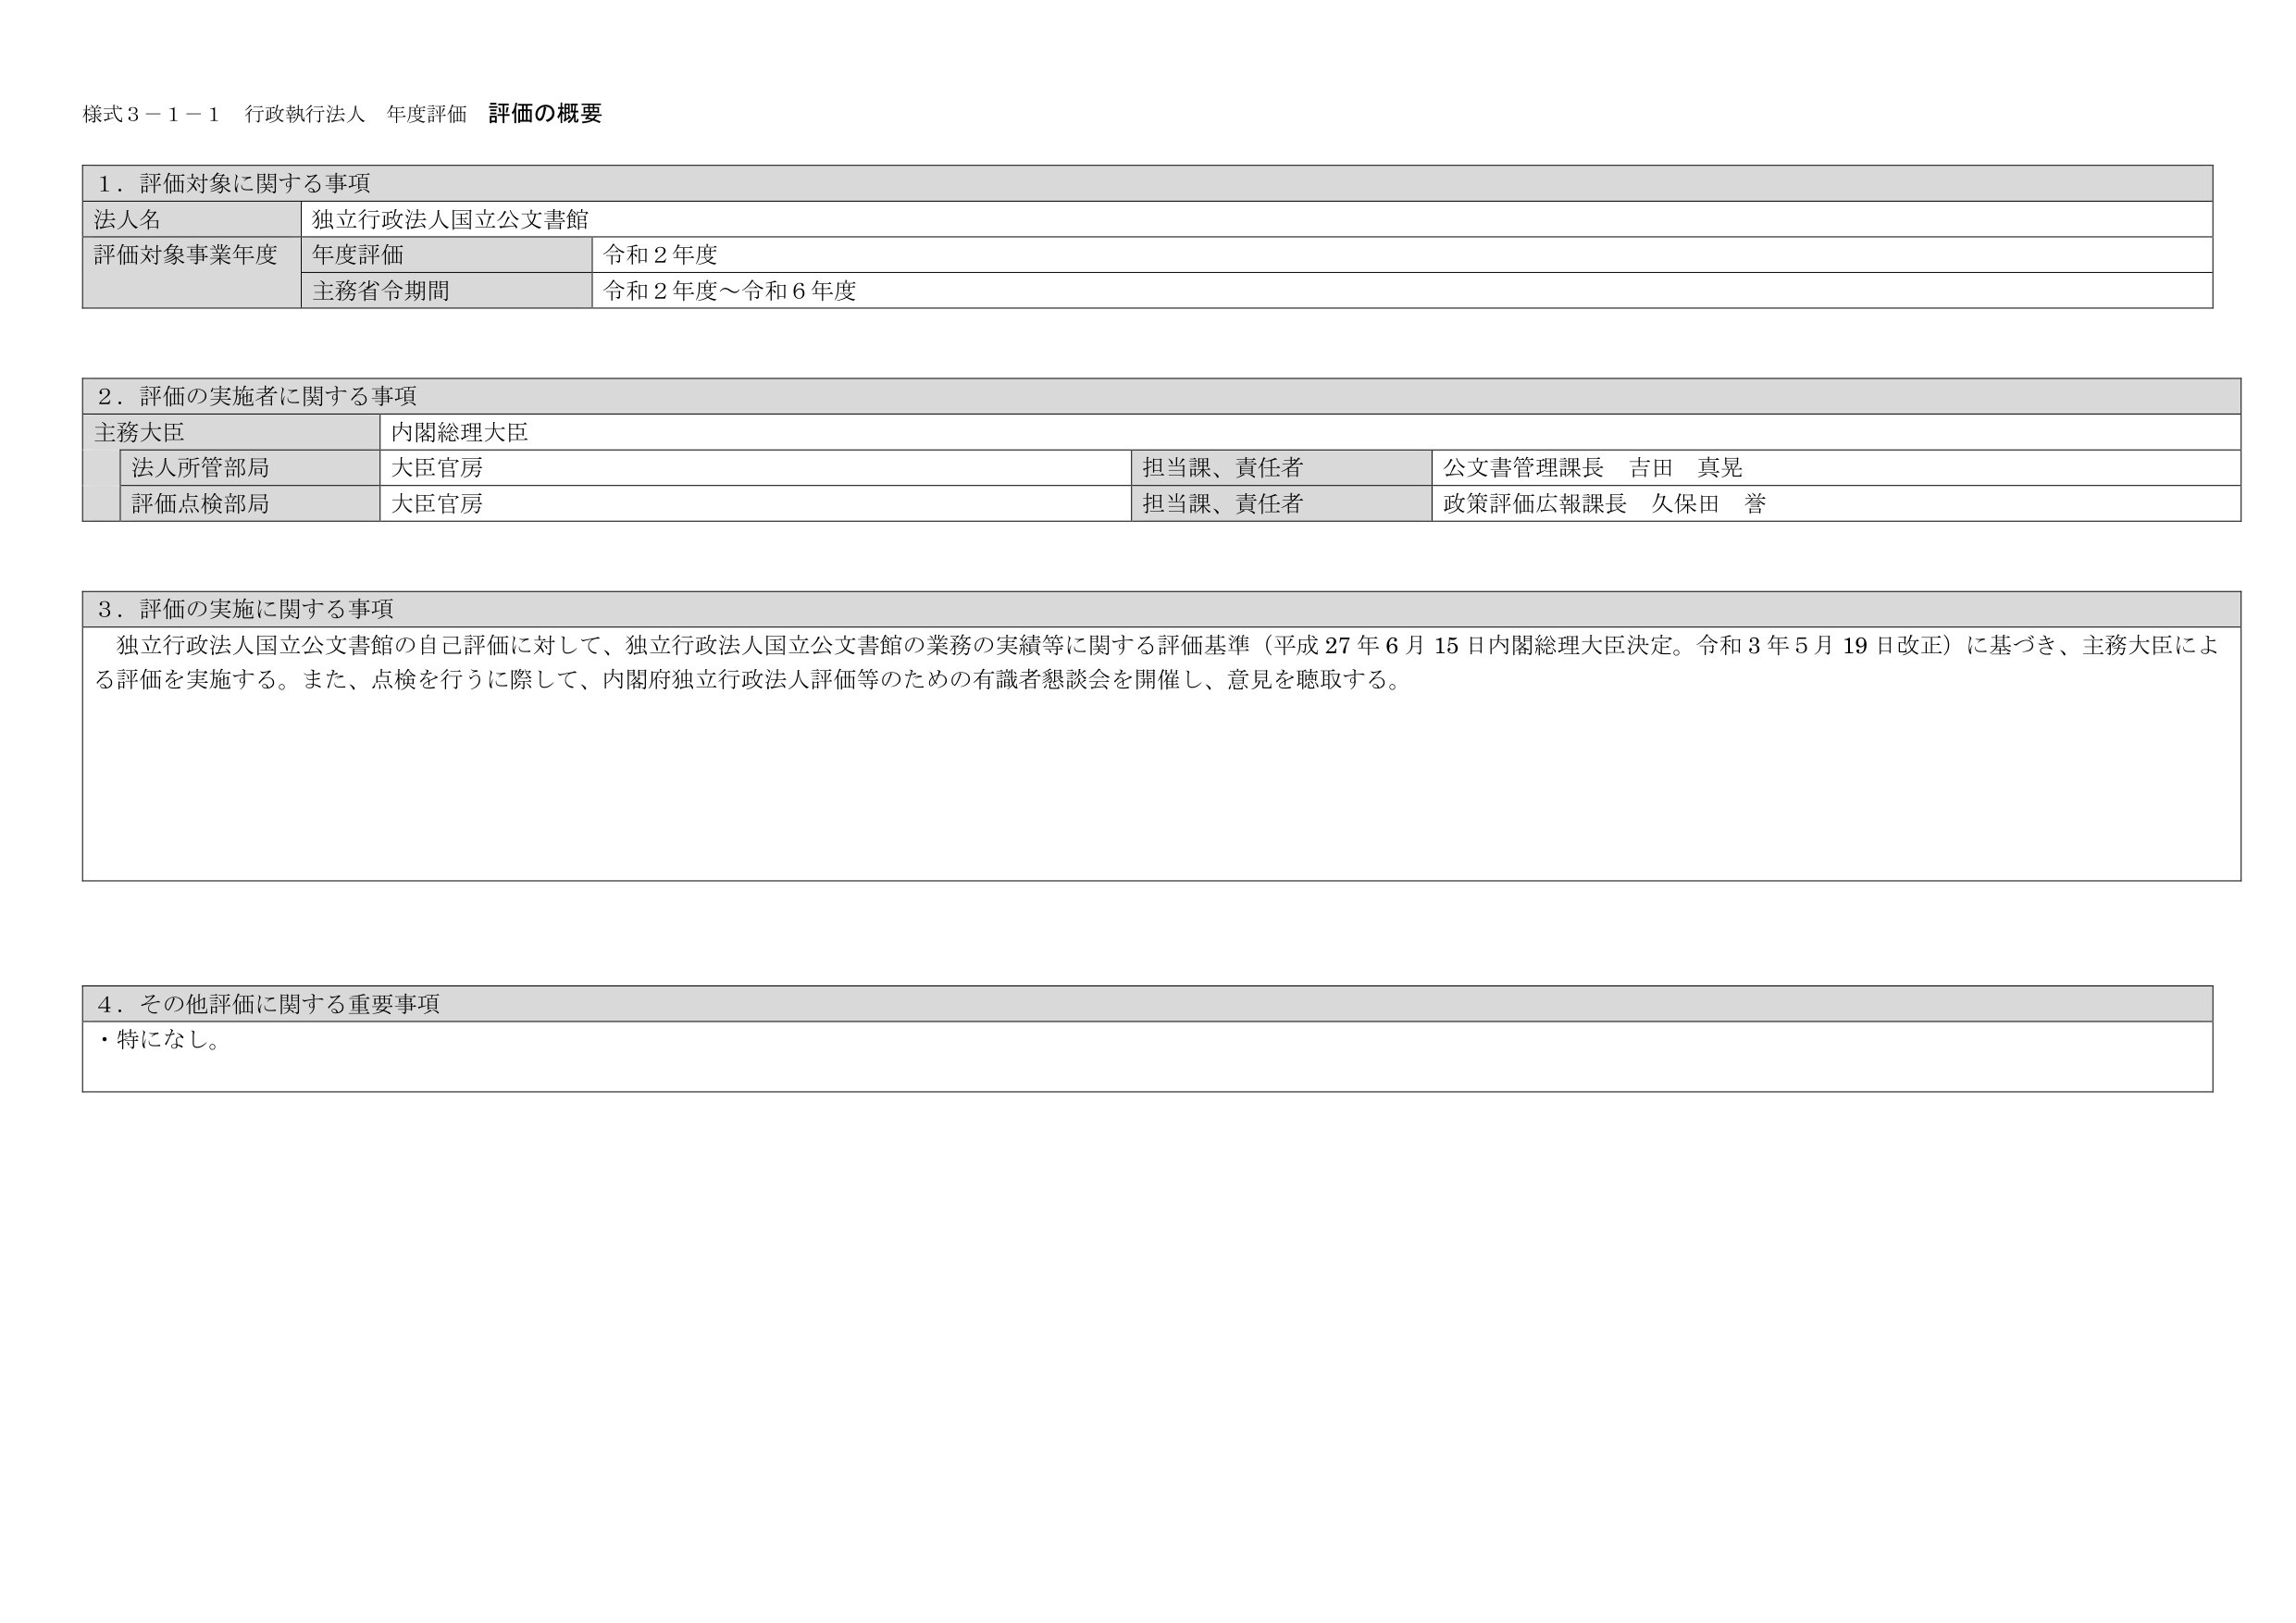
様式３－１－１ 行政執行法人 年度評価 評価の概要

１．評価対象に関する事項
法人名 独立行政法人国立公文書館
評価対象事業年度 年度評価 令和２年度
主務省令期間 令和２年度～令和６年度

２．評価の実施者に関する事項
主務大臣 内閣総理大臣
法人所管部局 大臣官房 担当課、責任者 公文書管理課長 吉田 真晃
評価点検部局 大臣官房 担当課、責任者 政策評価広報課長 久保田 誉

３．評価の実施に関する事項
独立行政法人国立公文書館の自己評価に対して、独立行政法人国立公文書館の業務の実績等に関する評価基準（平成27年6月15日内閣総理大臣決定。令和3年5月19日改正）に基づき、主務大臣による評価を実施する。また、点検を行うに際して、内閣府独立行政法人評価等のための有識者懇談会を開催し、意見を聴取する。

４．その他評価に関する重要事項
・特になし。